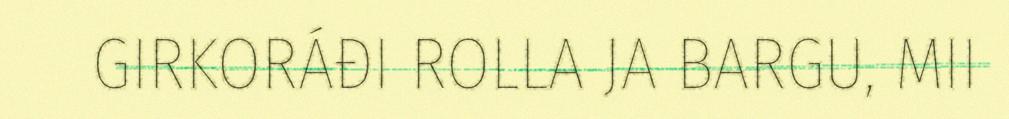
GIRKORÁĐI ROLLA JA BARGU, MII